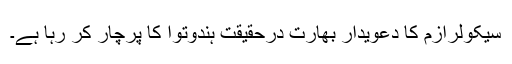
سیکولرازم کا دعویدار بھارت درحقیقت ہندوتوا کا پرچار کر رہا ہے۔